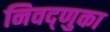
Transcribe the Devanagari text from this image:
निवद्णुका